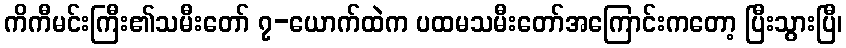
ကိကီမင်းကြီး၏သမီးတော် ၇-ယောက်ထဲက ပထမသမီးတော်အကြောင်းကတော့ ပြီးသွားပြီ၊